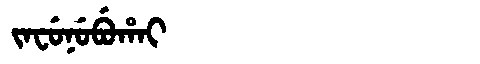
Manchu: ᠵᠠᠸᡠᠨᡠᠪᡠᡥᠠᡳ
Romanization: JAFUNUBUHAI